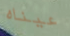
عيناه